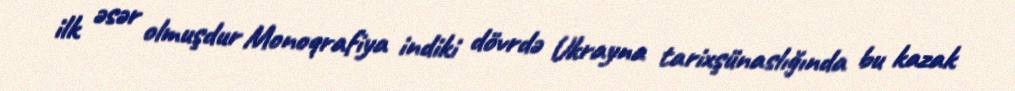
ilk əsər olmuşdur Monoqrafiya indiki dövrdə Ukrayna tarixşünaslığında bu kazak